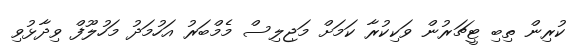
ކުރިން ތިބި ޓީޗަރުން ވަކިކުރާ ކަމަށް މަޖިލިސް މެމްބަރު އަހުމަދު މަހުލޫފް ވިދާޅުވި